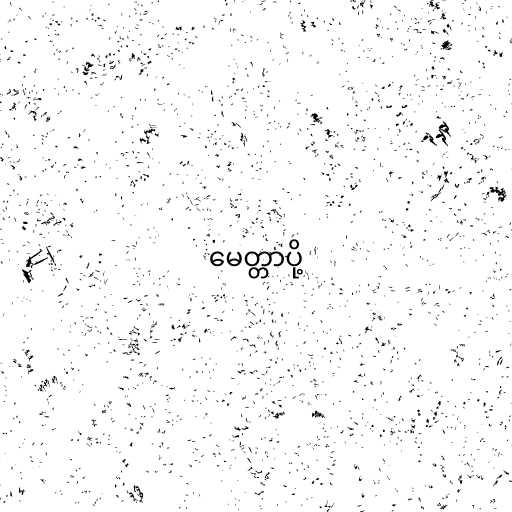
မေတ္တာပို့